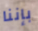
بإننا